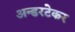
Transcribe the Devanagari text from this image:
अन्डरटेकर